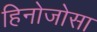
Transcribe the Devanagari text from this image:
हिनोजोसा